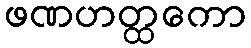
ဖဏဟတ္ထကော